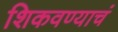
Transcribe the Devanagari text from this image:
शिकवण्याचं